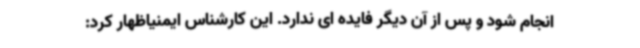
انجام شود و پس از آن دیگر فایده ای ندارد. این کارشناس ایمنیاظهار کرد: